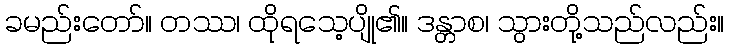
ခမည်းတော်။ တဿ၊ ထိုရသေ့ပျို၏။ ဒန္တာစ၊ သွားတို့သည်လည်း။